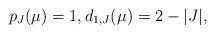
\begin{align*}p_{J}(\mu)=1,d_{1,J}(\mu)=2-|J|,\ \end{align*}